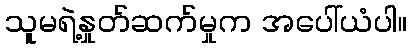
သူမရဲ့နှုတ်ဆက်မှုက အပေါ်ယံပါ။